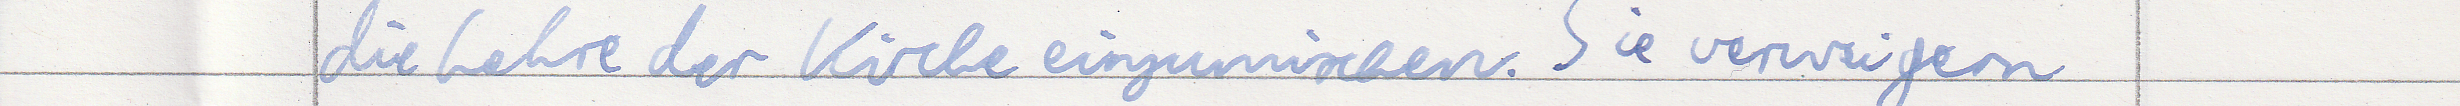
die Lehre der Kirche einzumischen. Sie verweigern